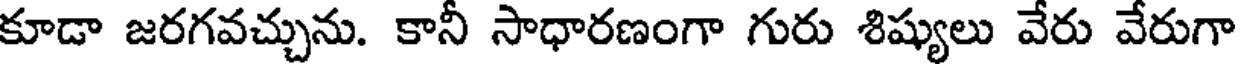
కూడా జరగవచ్చును. కానీ సాధారణంగా గురు శిష్యులు వేరు వేరుగా